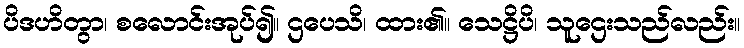
ပိဒဟိတွာ၊ စလောင်းအုပ်၍။ ဌပေသိ၊ ထား၏။ သေဋ္ဌိပိ၊ သူဌေးသည်လည်း။